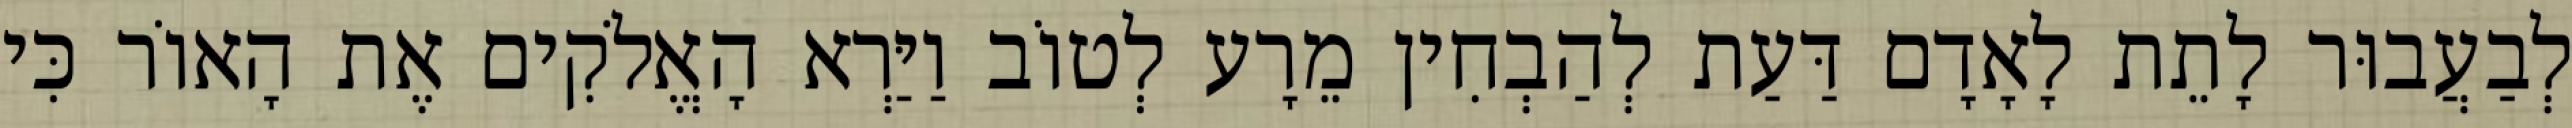
לְבַעֲבוּר לָתֵת לָאָדָם דַּעַת לְהַבְחִין מֵרָע לְטוֹב וַיַּרְא הָאֱלֹקִים אֶת הָאוֹר כִּי